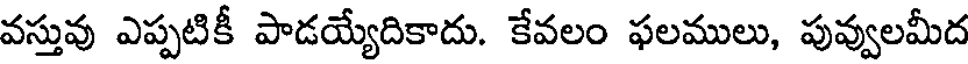
వస్తువు ఎప్పటికీ పాడయ్యేదికాదు. కేవలం ఫలములు, పువ్వులమీద